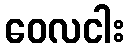
ဝေလငါး